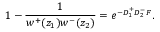
1 - \frac 1 { w ^ { + } ( z _ { 1 } ) w ^ { - } ( z _ { 2 } ) } = e ^ { - D _ { 1 } ^ { + } D _ { 2 } ^ { - } { \cal F } } .